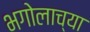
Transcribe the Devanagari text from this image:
भगोलाच्या